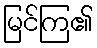
မြင်ကြ၏